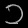
Digit: ၁